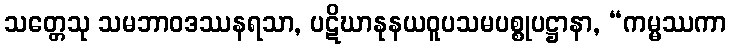
သတ္တေသု သမဘာဝဒဿနရသာ, ပဋိဃာနုနယဝူပသမပစ္စုပဋ္ဌာနာ, “ကမ္မဿကာ